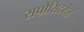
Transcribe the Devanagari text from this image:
सपोसिटरीज़